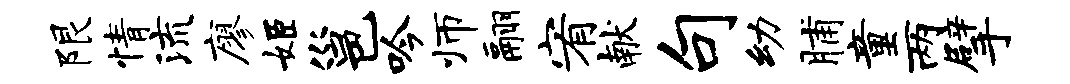
限情流廖姬邕吟师翮宥献句幼脯童两擘